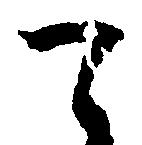
て